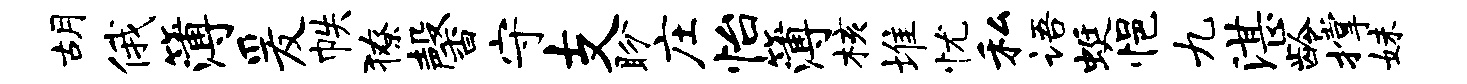
胡俄簿爰帙獠馨守支盼庄怡簿核堆忧私语蜓悒九湛龄撑妹